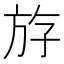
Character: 斿